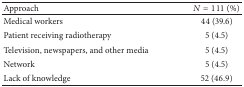
<table><thead><tr><td><b>Approach</b></td><td><b><i>N</i> = 111 (%)</b></td></tr></thead><tbody><tr><td> Medical workers</td><td>44 (39.6)</td></tr><tr><td> Patient receiving radiotherapy</td><td>5 (4.5)</td></tr><tr><td> Television, newspapers, and other media</td><td>5 (4.5)</td></tr><tr><td> Network</td><td>5 (4.5)</td></tr><tr><td> Lack of knowledge</td><td>52 (46.9)</td></tr></tbody></table>